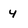
Character: 4